Annual report of the Punjab Veterinary College and of the Civil Veterinary Department, Punjab - 1920-1925
Year: 1920
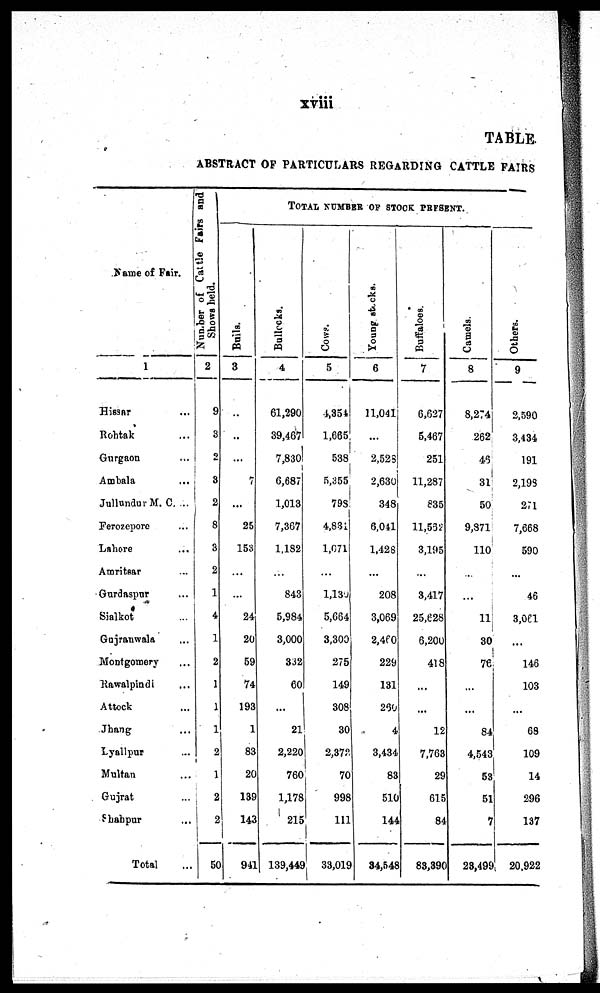
xviii
TABLE.
ABSTRACT OF PARTICULARS REGARDING CATTLE FAIRS
Name of Fair.
1
Hissar ...
Roht ak ...
Gurgaon ...
Ambal a ...
Jullundur M. C. ...
Ferozepore ...
Lahore ...
Amritsar ...
Gurdaspur ...
Sialkot ...
Guj ranwal a ...
Mont gomery ...
Rawal pi ndi ...
Attock ...
Jhang ...
Lyallpur ...
Mul t an ...
Gujrat ...
Shahpur ...
Total ...
Number
of Cattle Fairs and
Shows held.
2
9
3
2
3
2
8
3
2
1
4
1
2
1
1
1
2
1
2
2
50
Bails.
3
...
..
...
7
...
25
153
...
...
24
20
59
74
193
1
83
20
139
143
941
TOTAL NUMBER OF STOCK PRESE
Bullocks.
4
61, 290
39, 467
7, 830
6, 687
1, 013
7, 367
1, 182
...
843
5, 984
3, 000
332
60
...
21
2, 220
760
1, 178
215
139, 449
Cows.
5
4, 354
1, 665
538
5, 355.
798
4, 834
1, 071
...
1, 130
5, 664
3, 300
275
149
308
30
2, 372
70
998
111
33, 019
Young stacks.
6
11, 041
...
2, 528
2, 630|
348
6, 041
1, 428
...
208
3, 069
2,460
229
131
260
4
3, 434
83
510
144
34, 548
Buffaloes.
7
6, 627
5, 467
251
11, 287
835
11, 532
3, 195
...
3, 417
25, 628
6, 200
418
...
...
12
7, 763
29
615
84
83, 390
Camels.
8
8, 274
262
46
31
50
9, 871
110
...
...
11
30
76
...
...
84
4, 543
53
51
7
23, 499
Others.
9
2, 590
3, 434
191
2, 193
271
7, 668
590
...
46
3, 061
...
146
103
...
68
109
14
296
137
20, 922